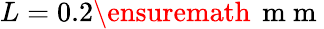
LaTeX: L=0.2{\ensuremath{\, \mathrm{~m~m~}}}